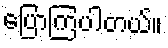
ပြောကြပါတယ်။